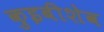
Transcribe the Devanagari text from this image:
कुइबीशेव